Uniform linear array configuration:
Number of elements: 64
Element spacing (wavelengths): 0.25
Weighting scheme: blackman
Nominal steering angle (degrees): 15
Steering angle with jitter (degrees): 13.281
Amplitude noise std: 0.05
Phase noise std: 0.05

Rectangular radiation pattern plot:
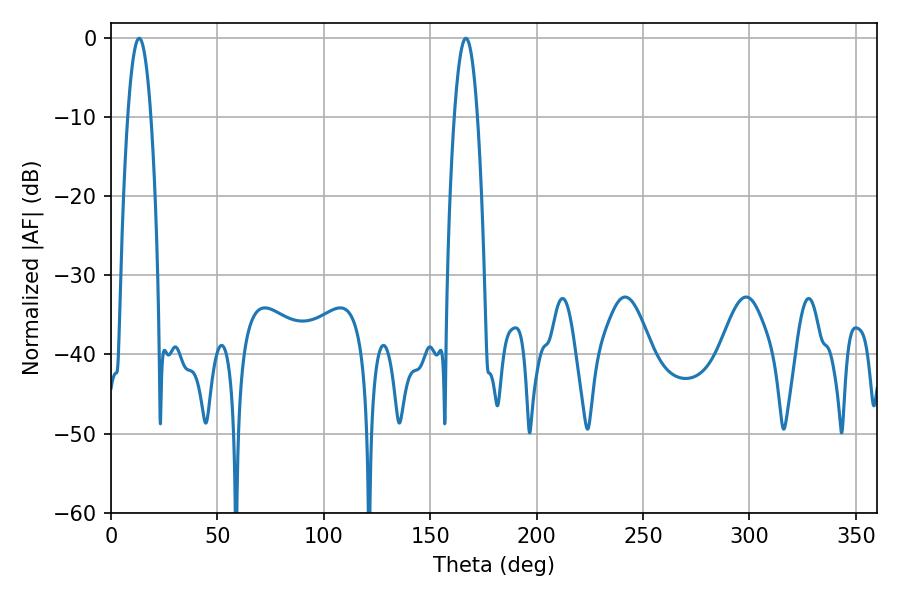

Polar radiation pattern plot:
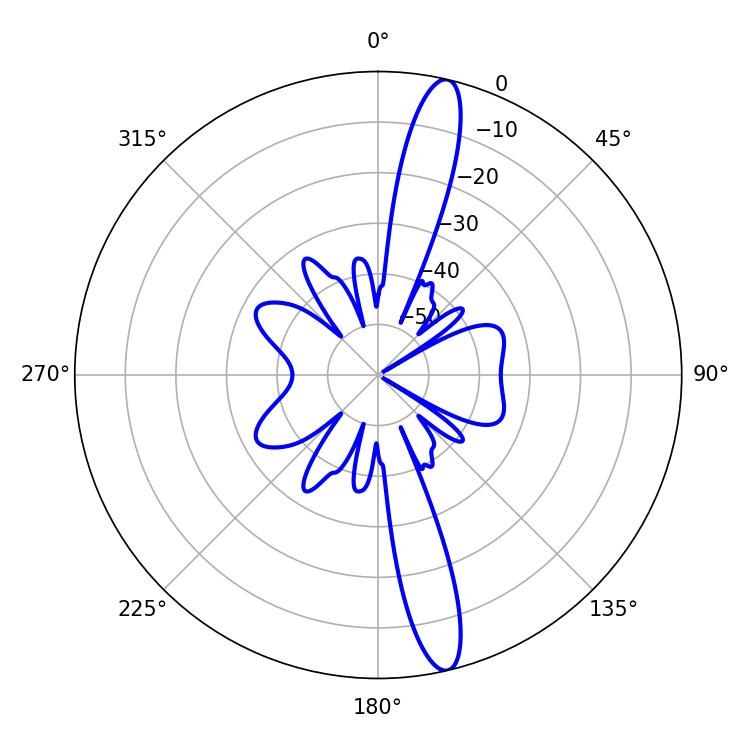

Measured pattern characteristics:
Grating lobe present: FALSE
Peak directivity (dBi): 15.879
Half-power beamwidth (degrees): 5.94
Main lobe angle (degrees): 13.32